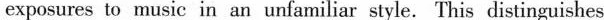
exposures to music in an unfamiliar style.This distinguishes